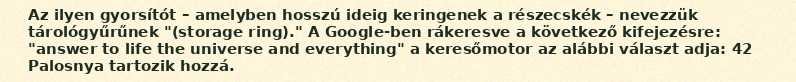
Az ilyen gyorsítót – amelyben hosszú ideig keringenek a részecskék – nevezzük tárológyűrűnek "(storage ring)." A Google-ben rákeresve a következő kifejezésre: "answer to life the universe and everything" a keresőmotor az alábbi választ adja: 42 Palosnya tartozik hozzá.